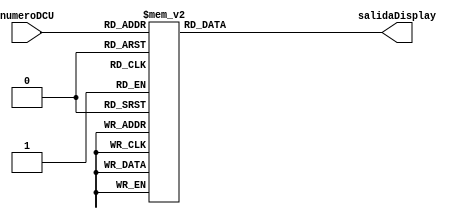
`timescale 1ns / 1ps
//////////////////////////////////////////////////////////////////////////////////
// Company: 
// Engineer: 
// 
// Design Name: 
// Module Name:    DecoDisplay 
// Project Name: 
// Target Devices: 
// Tool versions: 
// Description: 
//
// Dependencies: 
//
// Revision: 
// Revision 0.01 - File Created
// Additional Comments: 
//
//////////////////////////////////////////////////////////////////////////////////
module DecoDisplay(numeroDCU,salidaDisplay);
	input [3:0] numeroDCU;
	output reg [7:0] salidaDisplay;
	// toma el numero centena,decena o unidad y asigna los pines del 7 segmentos.
	always @*
	begin
	case(numeroDCU)
	4'b0000: salidaDisplay=8'b00000011;
	4'b0001: salidaDisplay=8'b10011111;
	4'b0010: salidaDisplay=8'b00100101;
	4'b0011: salidaDisplay=8'b00001101;
	4'b0100: salidaDisplay=8'b10011001;
	4'b0101: salidaDisplay=8'b01001001;
	4'b0110: salidaDisplay=8'b11000001;
	4'b0111: salidaDisplay=8'b00011111;
	4'b1000: salidaDisplay=8'b00000001;
	4'b1001: salidaDisplay=8'b00011001;
	default: salidaDisplay=8'b11111111;
	endcase
	end


endmodule